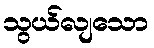
သွယ်လျသော